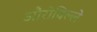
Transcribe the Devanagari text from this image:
औरोविल्ले